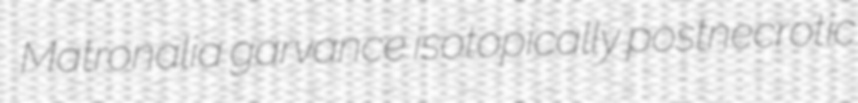
Matronalia garvance isotopically postnecrotic